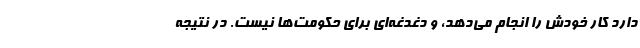
دارد کار خودش را انجام می‌دهد، و دغدغه‌ای برای حکومت‌ها نیست. در نتیجه